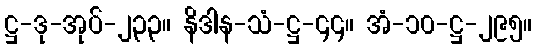
ဋ္ဌ-ဒု-အုပ်-၂၃၃။ နိဒါန-သံ-ဋ္ဌ-၄၄။ အံ-၁၀-ဋ္ဌ-၂၉၅။